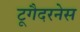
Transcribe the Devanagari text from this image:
टूगैदरनेस